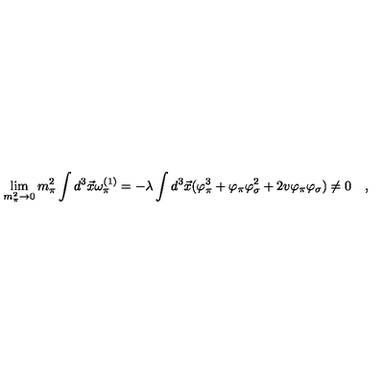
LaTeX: \lim _ { m _ { \pi } ^ { 2 } \rightarrow 0 } m _ { \pi } ^ { 2 } \int d ^ { 3 } \vec { x } \omega _ { \pi } ^ { ( 1 ) } = - \lambda \int d ^ { 3 } \vec { x } ( \varphi _ { \pi } ^ { 3 } + \varphi _ { \pi } \varphi _ { \sigma } ^ { 2 } + 2 v \varphi _ { \pi } \varphi _ { \sigma } ) \ne 0 \quad ,